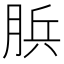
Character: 𦛼